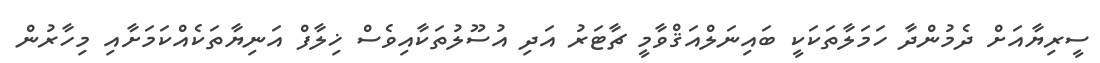
ސީރިޔާއަށް ދެމުންދާ ހަމަލާތަކަކީ ބައިނަލްއަޤްވާމީ ޗާޓަރު އަދިި އުސޫލުތަކާއިވެސް ޚިލާފް އަނިޔާތަކެއްކަމަށާއި މިހާރުން